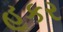
હૂકર